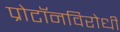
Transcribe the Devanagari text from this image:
प्रोटॉनविरोधी